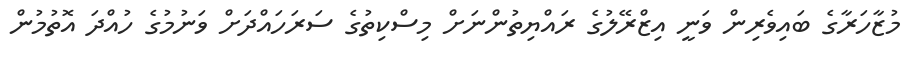
މުޒާހަރާގެ ބައިވެރިން ވަނީ އިޒްރޭލުގެ ރައްޔިތުންނަށް މިސްކިތުގެ ސަރަހައްދަށް ވަނުމުގެ ހުއްދަ އޮތުމުން